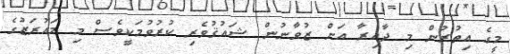
މީގެ އިތުރުން މި ދާއިރާ އަށް ޒުވާނުން ޝައުޤުވެރި ކުރުވުމަކީވެސް މި މައުރަޒުގެ